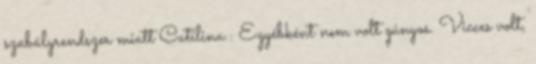
szabályrendszer miatt Catilina.: Egyébként nem volt gúnyos. Vicces volt,